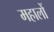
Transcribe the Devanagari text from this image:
महालों